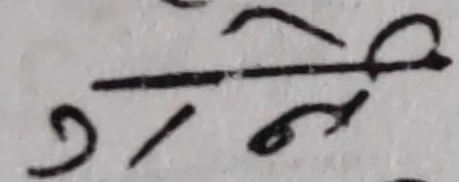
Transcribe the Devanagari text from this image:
रोटी